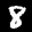
Label: 8